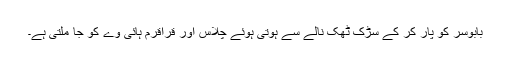
بابوسر کو پار کر کے سڑک ٹھک نالے سے ہوتی ہوئے چلاس اور قراقرم ہائی وے کو جا ملتی ہے۔